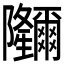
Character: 鿧